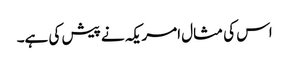
اس کی مثال امریکہ نے پیش کی ہے۔